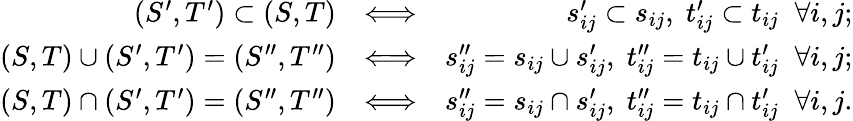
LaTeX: \begin{array}{rlr}{(S^{\prime},T^{\prime})\subset(S,T)}&{\Longleftrightarrow}&{s_{ij}^{\prime}\subset s_{ij},\; t_{ij}^{\prime}\subset t_{ij}\; \; \forall i,j;}\\ {(S,T)\cup(S^{\prime},T^{\prime})=(S^{\prime\prime},T^{\prime\prime})}&{\Longleftrightarrow}&{s_{ij}^{\prime\prime}=s_{ij}\cup s_{ij}^{\prime},\; t_{ij}^{\prime\prime}=t_{ij}\cup t_{ij}^{\prime}\; \; \forall i,j;}\\ {(S,T)\cap(S^{\prime},T^{\prime})=(S^{\prime\prime},T^{\prime\prime})}&{\Longleftrightarrow}&{s_{ij}^{\prime\prime}=s_{ij}\cap s_{ij}^{\prime},\; t_{ij}^{\prime\prime}=t_{ij}\cap t_{ij}^{\prime}\; \; \forall i,j.}\end{array}